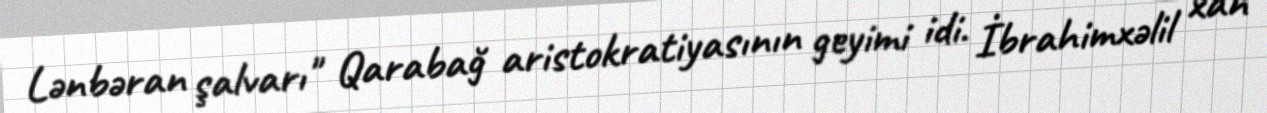
Lənbəran şalvarı" Qarabağ aristokratiyasının geyimi idi. İbrahimxəlil xan